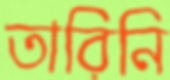
তারিনি